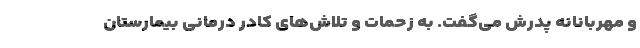
و مهربانانه پدرش می‌گفت. به زحمات و تلاش‌های کادر درمانی بیمارستان